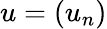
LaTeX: u=(u_{n})